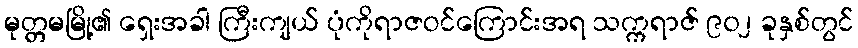
မုတ္တမမြို့၏ ရှေးအခါ ကြီးကျယ် ပုံကိုရာဇဝင်ကြောင်းအရ သက္ကရာဇ် ၉၀၂ ခုနှစ်တွင်